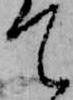
て